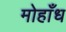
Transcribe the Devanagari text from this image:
मोहाँध